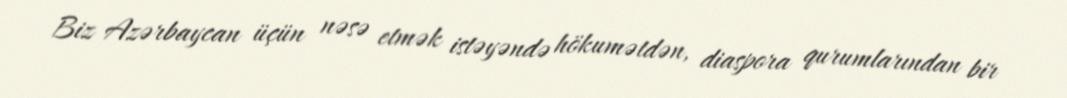
Biz Azərbaycan üçün nəsə etmək istəyəndə hökumətdən, diaspora qurumlarından bir